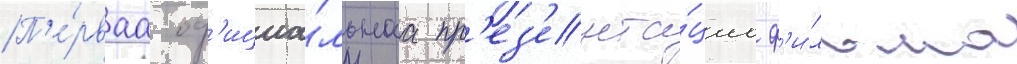
П'е́рваа оф'ициа́льнаа пр'ез'ента́циа ф'и́льма